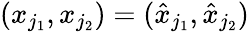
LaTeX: (x_{j_{1}},x_{j_{2}})=(\hat{x}_{j_{1}},\hat{x}_{j_{2}})